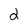
Character: 2